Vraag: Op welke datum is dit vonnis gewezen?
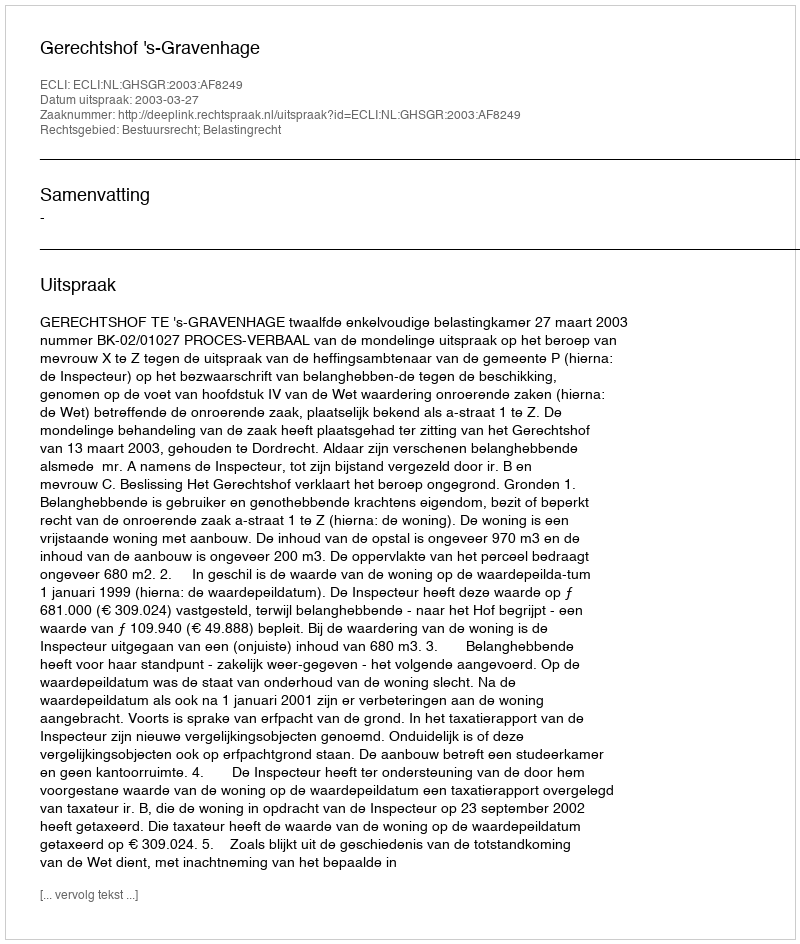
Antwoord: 2003-03-27